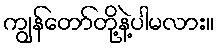
ကျွန်တော်တို့နဲ့ပါမလား။